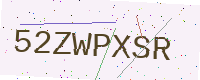
Text: 52ZWPXSR